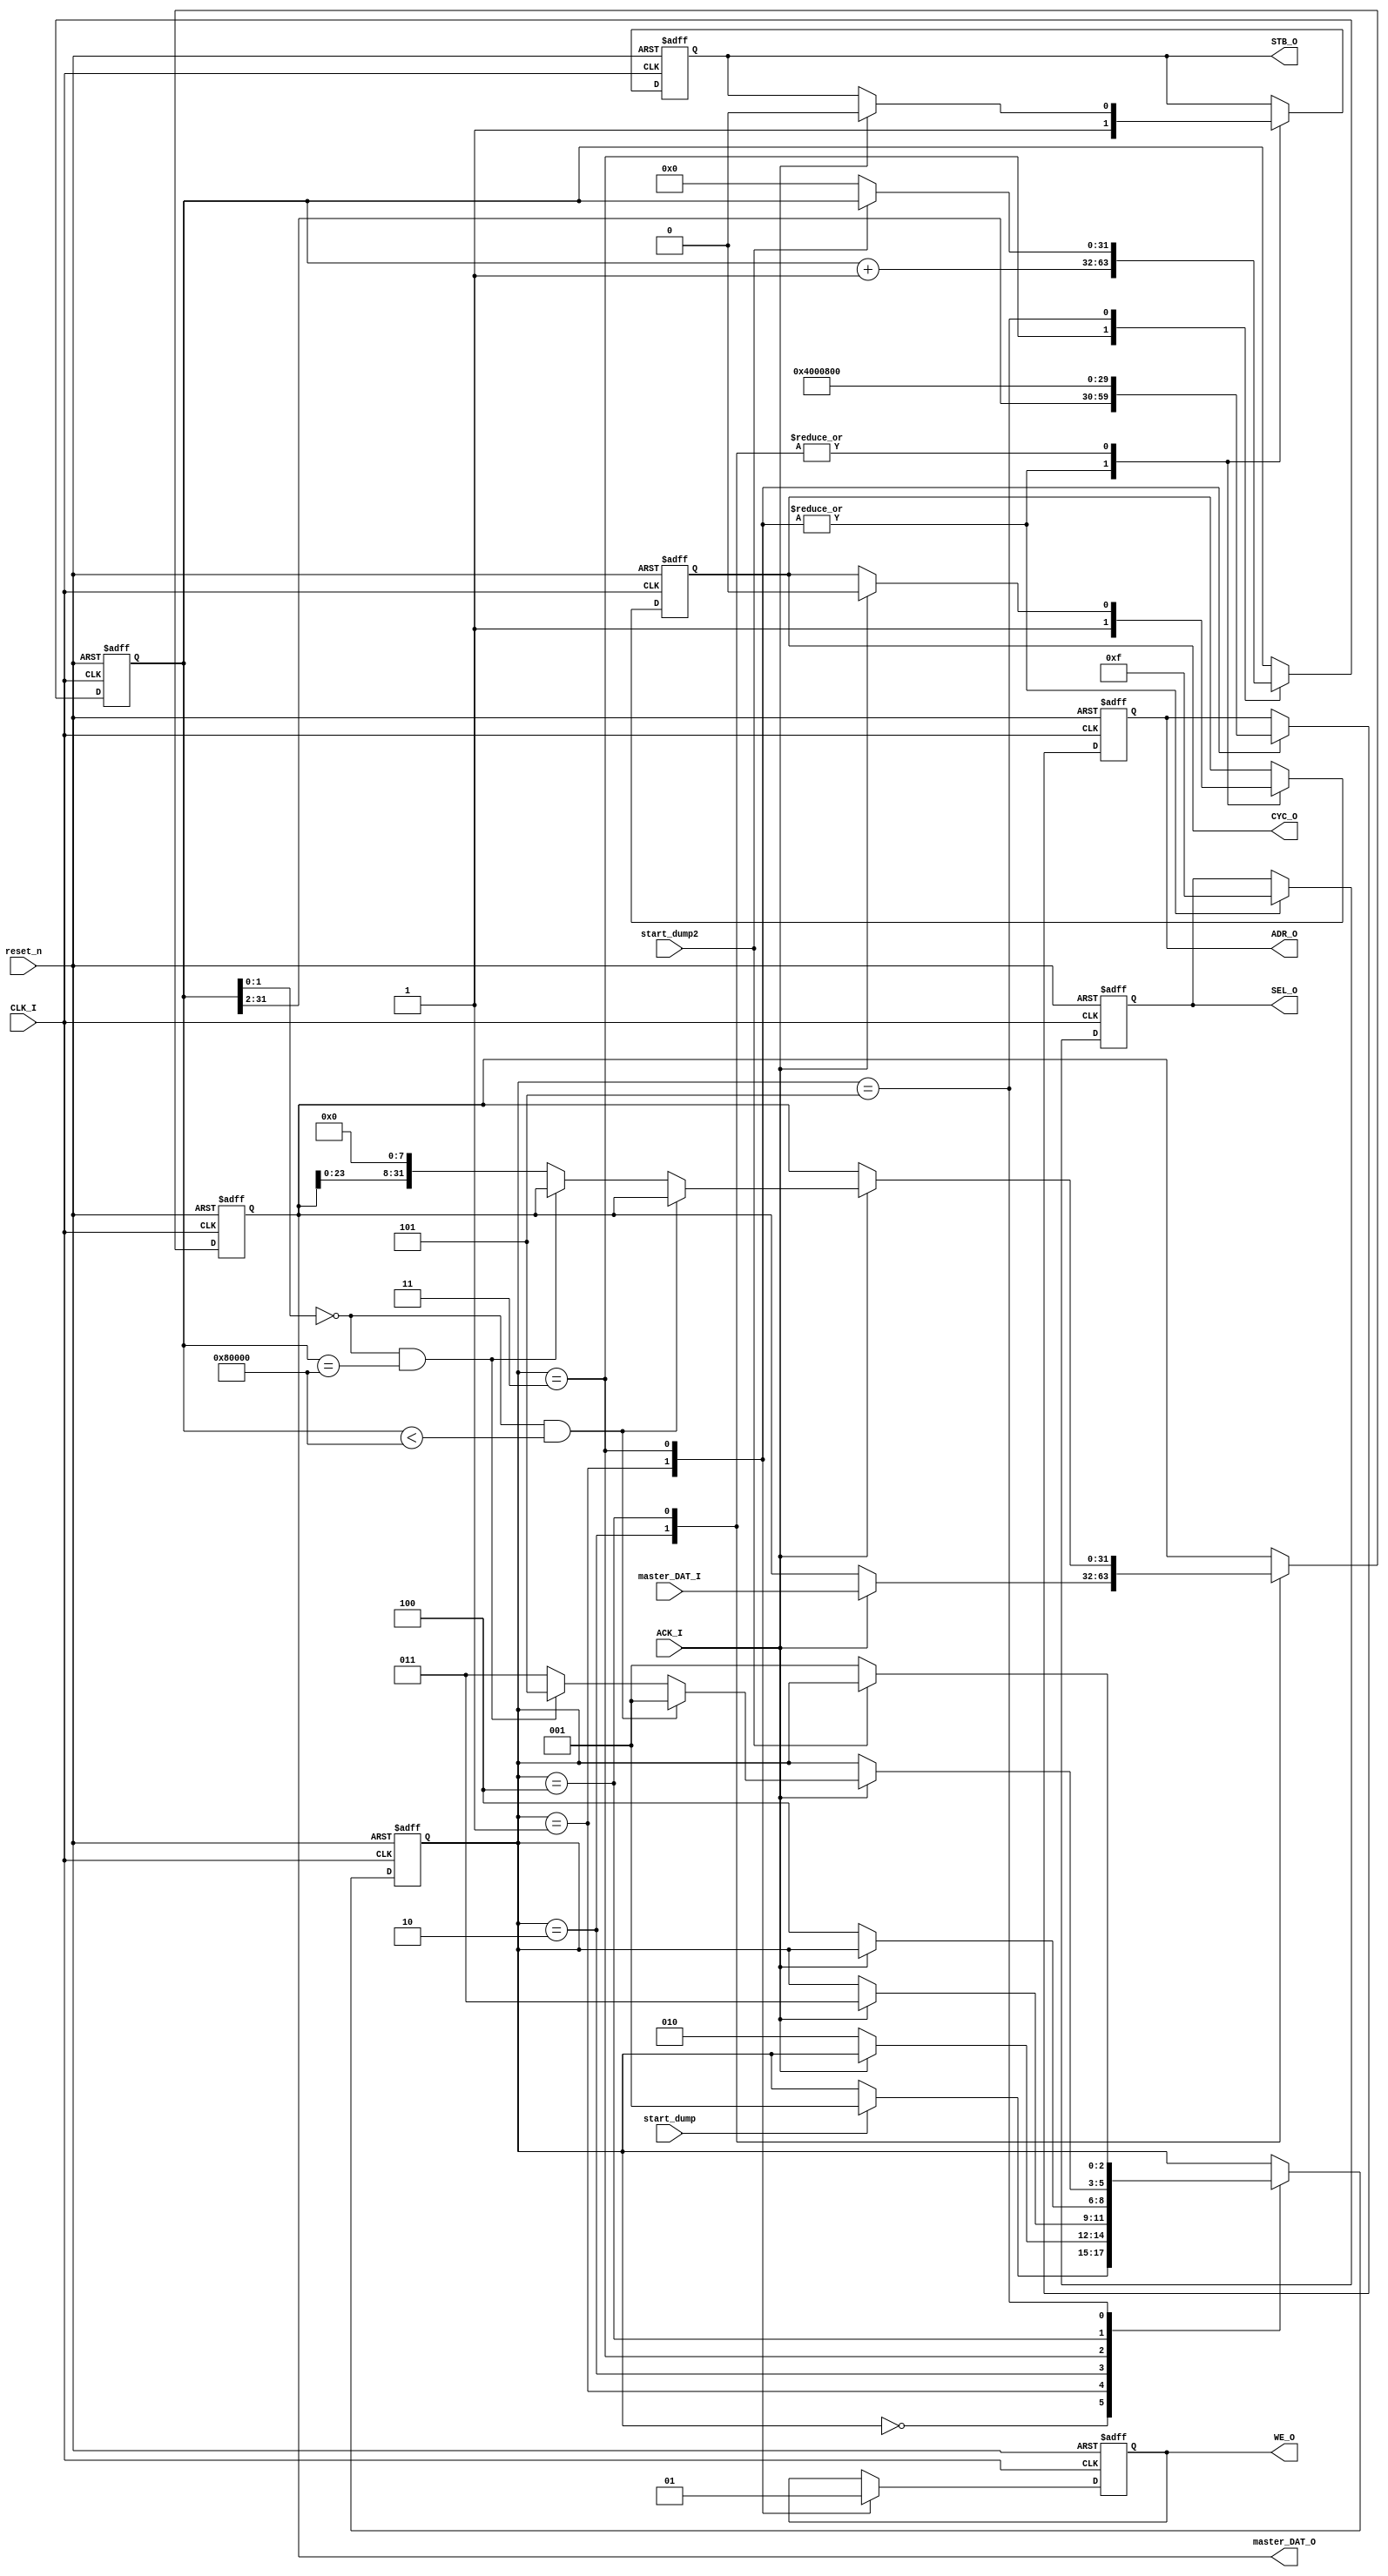
module debug(
    input CLK_I,
    input reset_n,
    
    // WISHBONE master
    output reg CYC_O,
    output reg STB_O,
    output reg WE_O,
    output reg [31:2] ADR_O,
    output reg [3:0] SEL_O,
    output reg [31:0] master_DAT_O,
    input [31:0] master_DAT_I,
    input ACK_I,
    
    input start_dump,
    input start_dump2
);

reg [31:0] adr;

reg [2:0] state;
parameter [2:0]
    S_IDLE          = 3'd0,
    S_READ          = 3'd1,
    S_READ_2        = 3'd2,
    S_READ_3        = 3'd3,
    S_READ_4        = 3'd4,
    S_FINISHED      = 3'd5;
    
    
always @(posedge CLK_I or negedge reset_n) begin
    if(reset_n == 1'b0) begin
        CYC_O <= 1'b0;
        STB_O <= 1'b0;
        WE_O <= 1'b0;
        ADR_O <= 30'd0;
        SEL_O <= 4'd0;
        master_DAT_O <= 32'd0;
        adr <= 32'd0;
        
        state <= S_IDLE;
    end
    else begin
        case(state)
            S_IDLE: begin
                if(start_dump == 1'b1) begin
                    state <= S_READ;
                end
            end
            S_READ: begin
                CYC_O <= 1'b1;
                STB_O <= 1'b1;
                WE_O <= 1'b0;
                ADR_O <= adr[31:2];
                SEL_O <= 4'b1111;
                
                if(ACK_I == 1'b0)   state <= S_READ_2;
            end
            S_READ_2: begin
                if(ACK_I == 1'b1) begin
                    CYC_O <= 1'b0;
                    STB_O <= 1'b0;
                    master_DAT_O <= master_DAT_I;
                    
                    state <= S_READ_3;
                end
            end
            S_READ_3: begin
                CYC_O <= 1'b1;
                STB_O <= 1'b1;
                WE_O <= 1'b1;
                ADR_O <= 30'h4000800;
                SEL_O <= 4'b1111;
                adr <= adr + 32'd1;
                
                if(ACK_I == 1'b0)   state <= S_READ_4;
            end
            S_READ_4: begin
                if(ACK_I == 1'b1) begin
                    CYC_O <= 1'b0;
                    STB_O <= 1'b0;
                    
                    if(adr[1:0] == 2'b00 && adr < 32'h80000) begin
                        state <= S_READ;
                    end
                    else if(adr[1:0] == 2'b00 && adr == 32'h80000) begin
                        state <= S_FINISHED;
                    end
                    else begin
                        master_DAT_O <= { master_DAT_O[23:0], 8'd0 };
                        state <= S_READ_3;
                    end
                end
            end
            S_FINISHED: begin
                if(start_dump2 == 1'b0) begin
                    state <= S_READ;
                    adr <= 32'd0;
                end
            end
        endcase
    end
end

endmodule